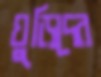
ঘুড়িদের